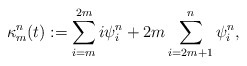
\begin{align*}\kappa^{n}_m(t) :=\sum_{i=m}^{2m} i\psi^{n}_i+2m\sum_{i=2m+1}^{n}\psi^{n}_i,\end{align*}